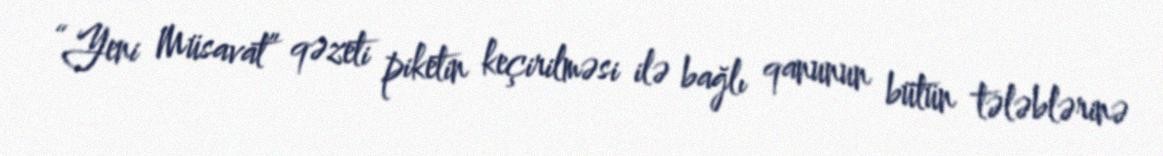
“Yeni Müsavat” qəzeti piketin keçirilməsi ilə bağlı qanunun bütün tələblərinə